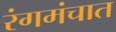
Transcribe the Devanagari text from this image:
रंगमंचात